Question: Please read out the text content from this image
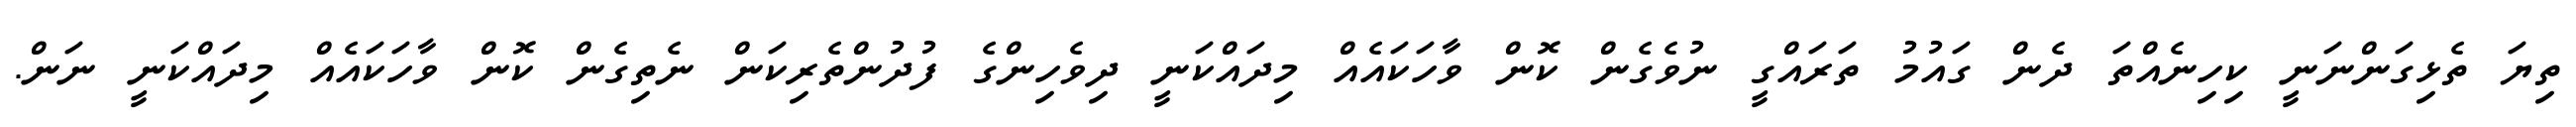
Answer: ތިޔަ ތެޅިގަންނަނީ ކިހިނެއްތަ ދެން ގައުމު ތަރައްގީ ނުވެގެން ކޮން ވާހަކައެއް މިދައްކަނީ ދިވެހިންގެ ފުދުންތެރިކަން ނެތިގެން ކޮން ވާހަކައެއް މިދައްކަނީ ނަން.